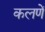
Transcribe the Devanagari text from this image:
कलणें